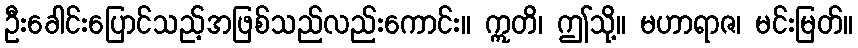
ဦးခေါင်းပြောင်သည့်အဖြစ်သည်လည်းကောင်း။ ဣတိ၊ ဤသို့။ မဟာရာဇ၊ မင်းမြတ်။